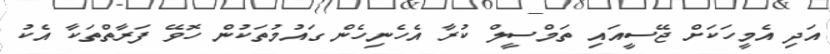
އަދި އެމީހަކަށް ޖޭސީއައި ތަމްސީލް ކުރާ އެހެނިހެން ގައުމުތަކުން ހޮވޭ ފަރާތްތަކާ އެކު